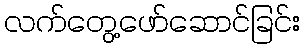
လက်တွေ့ဖော်ဆောင်ခြင်း